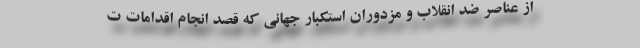
از عناصر ضد انقلاب و مزدوران استکبار جهانی که قصد انجام اقدامات ت